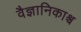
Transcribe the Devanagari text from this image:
वैज्ञानिकाश्च